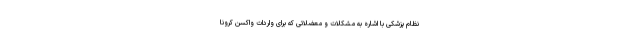
نظام پزشکی با اشاره به مشکلات و معضلاتی که برای واردات واکسن کرونا